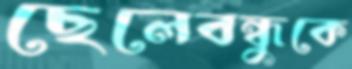
ছেলেবন্ধুকে